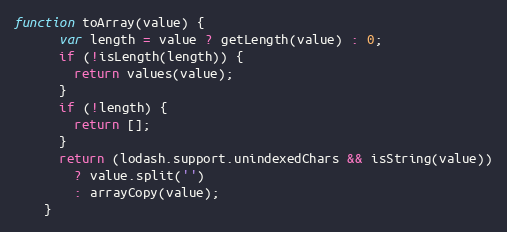
Language: JavaScript
function toArray(value) {
      var length = value ? getLength(value) : 0;
      if (!isLength(length)) {
        return values(value);
      }
      if (!length) {
        return [];
      }
      return (lodash.support.unindexedChars && isString(value))
        ? value.split('')
        : arrayCopy(value);
    }